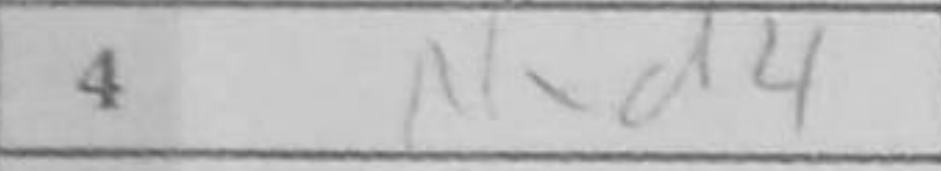
Transcription: Nxd4